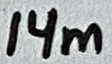
Text: 14m